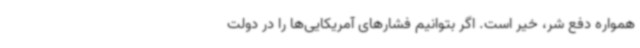
همواره دفع شر، خیر است. اگر بتوانیم فشارهای آمریکایی‌ها را در دولت